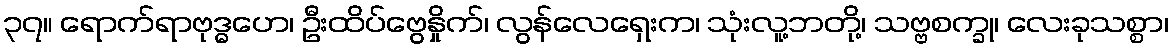
၃၇။ ရောက်ရာဗုဒ္ဓဟေ၊ ဦးထိပ်ဗွေနှိုက်၊ လွန်လေရှေးက၊ သုံးလူ့ဘတို့၊ သဗ္ဗစက္ခု၊ လေးခုသစ္စာ၊